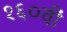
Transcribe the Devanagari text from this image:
१६०वीं